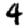
Digit: 4